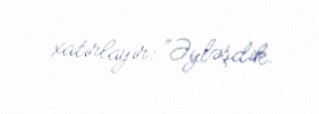
xatırlayır: “Əyləşdik.